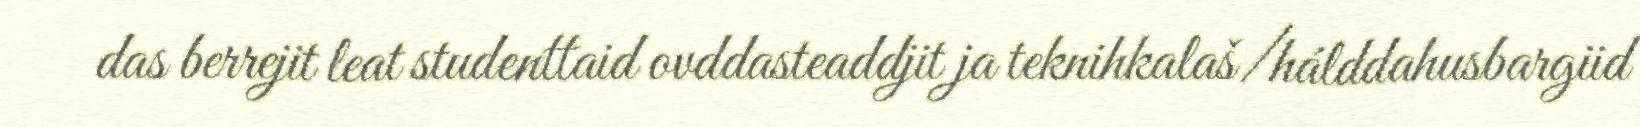
das berrejit leat studenttaid ovddasteaddjit ja teknihkalaš/hálddahusbargiid